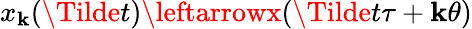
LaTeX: x_{\mathbf{k}}(\Tilde{t})\leftarrowx(\Tilde{t}\tau+\mathbf{k}\theta)